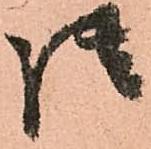
御